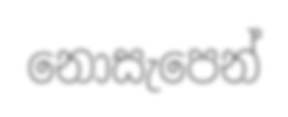
නොසැපෙන්